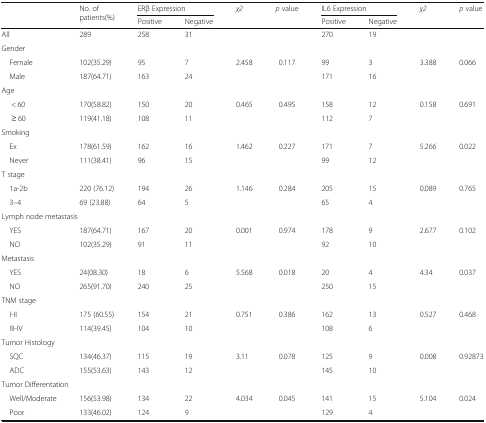
<table><thead><tr><td rowspan="2"></td><td rowspan="2"><b>No. of patients(%)</b></td><td colspan="2"><b>ERβ Expression</b></td><td rowspan="2"><b><i>χ2</i></b></td><td rowspan="2"><b><i>p</i> value</b></td><td colspan="2"><b>IL6 Expression</b></td><td rowspan="2"><b><i>χ2</i></b></td><td rowspan="2"><b><i>p</i> value</b></td></tr><tr><td><b>Positive</b></td><td><b>Negative</b></td><td><b>Positive</b></td><td><b>Negative</b></td></tr></thead><tbody><tr><td>All</td><td>289</td><td>258</td><td>31</td><td></td><td></td><td>270</td><td>19</td><td></td><td></td></tr><tr><td colspan="10">Gender</td></tr><tr><td> Female</td><td>102(35.29)</td><td>95</td><td>7</td><td>2.458</td><td>0.117</td><td>99</td><td>3</td><td>3.388</td><td>0.066</td></tr><tr><td> Male</td><td>187(64.71)</td><td>163</td><td>24</td><td></td><td></td><td>171</td><td>16</td><td></td><td></td></tr><tr><td colspan="10">Age</td></tr><tr><td>&lt; 60</td><td>170(58.82)</td><td>150</td><td>20</td><td>0.465</td><td>0.495</td><td>158</td><td>12</td><td>0.158</td><td>0.691</td></tr><tr><td>≥ 60</td><td>119(41.18)</td><td>108</td><td>11</td><td></td><td></td><td>112</td><td>7</td><td></td><td></td></tr><tr><td colspan="10">Smoking</td></tr><tr><td> Ex</td><td>178(61.59)</td><td>162</td><td>16</td><td>1.462</td><td>0.227</td><td>171</td><td>7</td><td>5.266</td><td>0.022</td></tr><tr><td> Never</td><td>111(38.41)</td><td>96</td><td>15</td><td></td><td></td><td>99</td><td>12</td><td></td><td></td></tr><tr><td colspan="10">T stage</td></tr><tr><td> 1a-2b</td><td>220 (76.12)</td><td>194</td><td>26</td><td>1.146</td><td>0.284</td><td>205</td><td>15</td><td>0.089</td><td>0.765</td></tr><tr><td> 3–4</td><td>69 (23.88)</td><td>64</td><td>5</td><td></td><td></td><td>65</td><td>4</td><td></td><td></td></tr><tr><td colspan="10">Lymph node metastasis</td></tr><tr><td> YES</td><td>187(64.71)</td><td>167</td><td>20</td><td>0.001</td><td>0.974</td><td>178</td><td>9</td><td>2.677</td><td>0.102</td></tr><tr><td> NO</td><td>102(35.29)</td><td>91</td><td>11</td><td></td><td></td><td>92</td><td>10</td><td></td><td></td></tr><tr><td colspan="10">Metastasis</td></tr><tr><td> YES</td><td>24(08.30)</td><td>18</td><td>6</td><td>5.568</td><td>0.018</td><td>20</td><td>4</td><td>4.34</td><td>0.037</td></tr><tr><td> NO</td><td>265(91.70)</td><td>240</td><td>25</td><td></td><td></td><td>250</td><td>15</td><td></td><td></td></tr><tr><td colspan="10">TNM stage</td></tr><tr><td> I-II</td><td>175 (60.55)</td><td>154</td><td>21</td><td>0.751</td><td>0.386</td><td>162</td><td>13</td><td>0.527</td><td>0.468</td></tr><tr><td> III-IV</td><td>114(39.45)</td><td>104</td><td>10</td><td></td><td></td><td>108</td><td>6</td><td></td><td></td></tr><tr><td colspan="10">Tumor Histology</td></tr><tr><td> SQC</td><td>134(46.37)</td><td>115</td><td>19</td><td>3.11</td><td>0.078</td><td>125</td><td>9</td><td>0.008</td><td>0.92873</td></tr><tr><td> ADC</td><td>155(53.63)</td><td>143</td><td>12</td><td></td><td></td><td>145</td><td>10</td><td></td><td></td></tr><tr><td colspan="10">Tumor Differentation</td></tr><tr><td> Well/Moderate</td><td>156(53.98)</td><td>134</td><td>22</td><td>4.034</td><td>0.045</td><td>141</td><td>15</td><td>5.104</td><td>0.024</td></tr><tr><td> Poor</td><td>133(46.02)</td><td>124</td><td>9</td><td></td><td></td><td>129</td><td>4</td><td></td><td></td></tr></tbody></table>